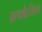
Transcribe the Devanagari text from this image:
क्रथकैशिक